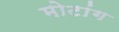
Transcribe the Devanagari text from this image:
मोटांग